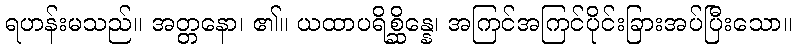
ရဟန်းမသည်။ အတ္တနော၊ ၏။ ယထာပရိစ္ဆိန္နေ၊ အကြင်အကြင်ပိုင်းခြားအပ်ပြီးသော။